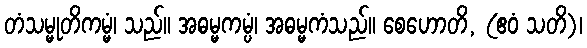
တံသမ္မုတိကမ္မံ၊ သည်။ အဓမ္မကမ္ပံ၊ အဓမ္မကံသည်။ စေဟောတိ, (ဧဝံ သတိ)၊